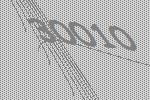
30010